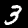
Digit: 3